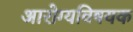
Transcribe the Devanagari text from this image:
अारोग्यविषयक